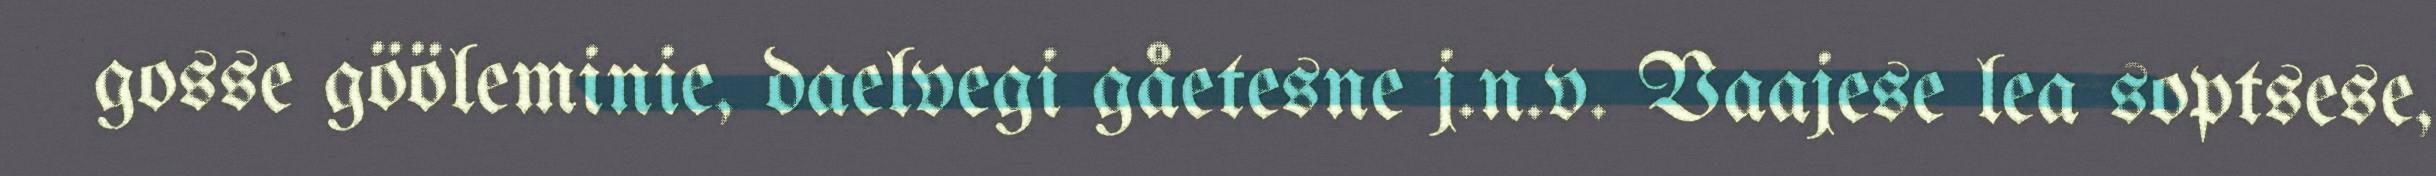
gosse gööleminie, daelvegi gåetesne j.n.v. Vaajese lea soptsese,